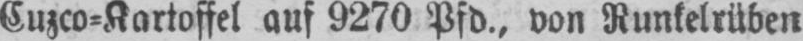
Cuzco⸗Kartoffel auf 9270 Pfd., von Runkelrüben